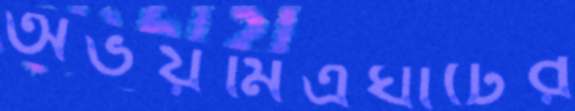
অভয়মিত্রঘাটের